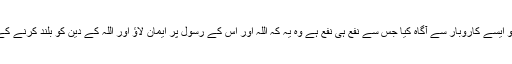
دوسرے رکوع میں مسلمانوں کو ایسے کاروبار سے آگاہ کیا جس سے نفع ہی نفع ہے وہ یہ کہ اللہ اور اس کے رسول پر ایمان لاؤ اور اللہ کے دین کو بلند کرنے کے لیے مالی اور جانی جہاد کرو۔